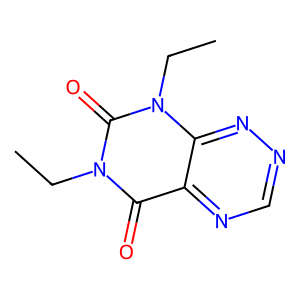
SMILES: CCn1c(=O)c2ncnnc2n(CC)c1=O
Inhibits HIV replication: No